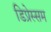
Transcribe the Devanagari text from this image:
डिप्रेस्सम